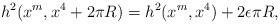
LaTeX: \begin{align*}h^{2}(x^{m},x^{4}+2 \pi R)=h^{2}(x^{m},x^{4})+2\epsilon \pi R , \end{align*}